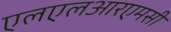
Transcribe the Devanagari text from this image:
एलएलआरएमसी